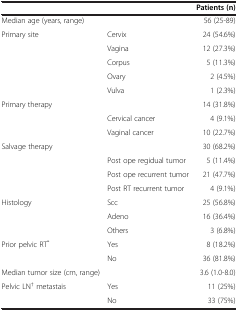
<table><thead><tr><td><b> </b></td><td><b> </b></td><td><b>Patients (n)</b></td></tr></thead><tbody><tr><td>Median age (years, range)</td><td> </td><td>56 (25-89)</td></tr><tr><td>Primary site</td><td>Cervix</td><td>24 (54.6%)</td></tr><tr><td> </td><td>Vagina</td><td>12 (27.3%)</td></tr><tr><td> </td><td>Corpus</td><td>5 (11.3%)</td></tr><tr><td> </td><td>Ovary</td><td>2 (4.5%)</td></tr><tr><td> </td><td>Vulva</td><td>1 (2.3%)</td></tr><tr><td>Primary therapy</td><td> </td><td>14 (31.8%)</td></tr><tr><td> </td><td>Cervical cancer</td><td>4 (9.1%)</td></tr><tr><td> </td><td>Vaginal cancer</td><td>10 (22.7%)</td></tr><tr><td>Salvage therapy</td><td> </td><td>30 (68.2%)</td></tr><tr><td> </td><td>Post ope regidual tumor</td><td>5 (11.4%)</td></tr><tr><td> </td><td>Post ope recurrent tumor</td><td>21 (47.7%)</td></tr><tr><td> </td><td>Post RT recurrent tumor</td><td>4 (9.1%)</td></tr><tr><td>Histology</td><td>Scc</td><td>25 (56.8%)</td></tr><tr><td> </td><td>Adeno</td><td>16 (36.4%)</td></tr><tr><td> </td><td>Others</td><td>3 (6.8%)</td></tr><tr><td>Prior pelvic RT<sup>*</sup></td><td>Yes</td><td>8 (18.2%)</td></tr><tr><td> </td><td>No</td><td>36 (81.8%)</td></tr><tr><td>Median tumor size (cm, range)</td><td> </td><td>3.6 (1.0-8.0)</td></tr><tr><td>Pelvic LN<sup>†</sup> metastais</td><td>Yes</td><td>11 (25%)</td></tr><tr><td> </td><td>No</td><td>33 (75%)</td></tr></tbody></table>